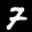
Label: 7